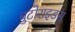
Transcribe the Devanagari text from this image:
बुटोराइडस